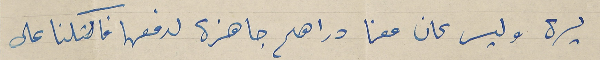
ليرة وليس كان معنا دراهم جاهزة لدفعها فاكتلنا على